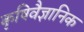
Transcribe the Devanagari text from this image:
कृषिवैज्ञानिक